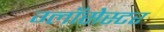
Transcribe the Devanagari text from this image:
ग्लॉसेस्टर